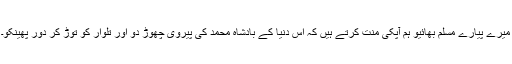
میرے پیارے مسلم بھائیو ہم آپکی منّت کرتے ہیں کہ اِس دنُیا کے بادشاہ محمد کی پیروی چھوڑ دو اور تلوار کو توڑ کر دور پھینکو۔